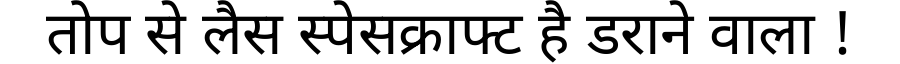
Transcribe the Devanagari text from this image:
तोप से लैस स्पेसक्राफ्ट है डराने वाला !